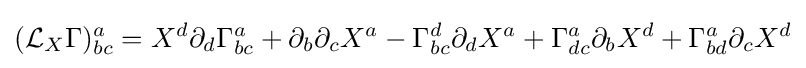
({\mathcal {L}}_{X}\Gamma )_{bc}^{a}=X^{d}\partial _{d}\Gamma _{bc}^{a}+\partial _{b}\partial _{c}X^{a}-\Gamma _{bc}^{d}\partial _{d}X^{a}+\Gamma _{dc}^{a}\partial _{b}X^{d}+\Gamma _{bd}^{a}\partial _{c}X^{d}